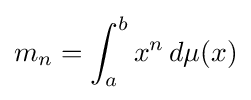
m_{n}=\int _{a}^{b}x^{n}\,d\mu (x)